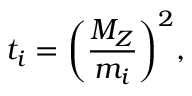
t _ { i } = \biggl ( \frac { M _ { Z } } { m _ { i } } \biggr ) ^ { 2 } ,